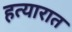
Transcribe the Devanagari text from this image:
हत्यारात